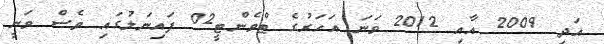
އަދި 2009 އާއި 2012 ވަނަ އަހަރުގެ ޓްވެންޓީ02 ފައިނަލުގައި ވެސް ވަނީ